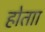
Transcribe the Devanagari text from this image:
होताा